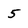
Character: 5